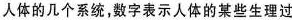
人体的几个系统，数字表示人体的某些生理过